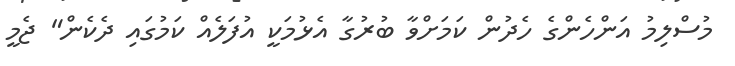
މުސްލިމު އަންހެންގެ ހެދުން ކަމަށްވާ ބުރުގާ އެޅުމަކީ އުފަލެއް ކަމުގައި ދެކެން" ޖެމީ